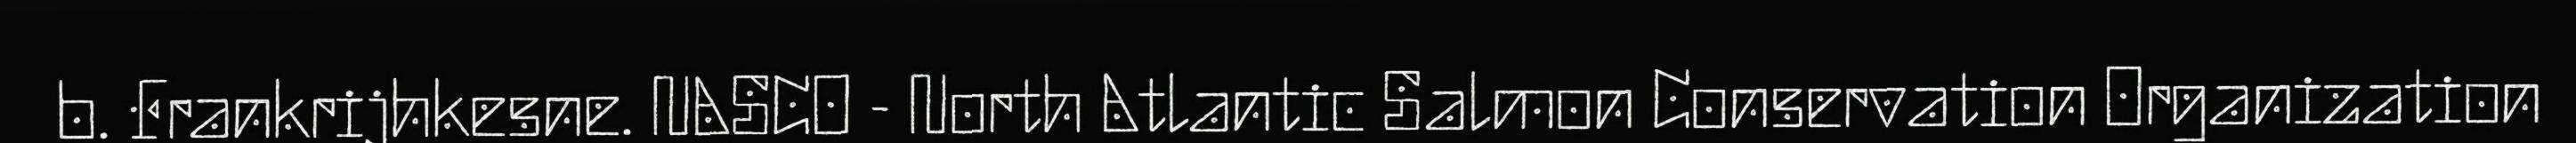
b. Frankrijhkesne. NASCO - North Atlantic Salmon Conservation Organization